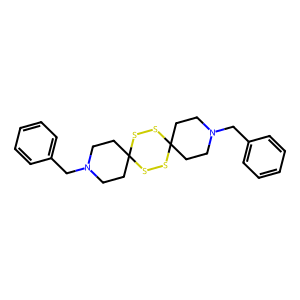
SMILES: c1ccc(CN2CCC3(CC2)SSC2(CCN(Cc4ccccc4)CC2)SS3)cc1
Inhibits HIV replication: No